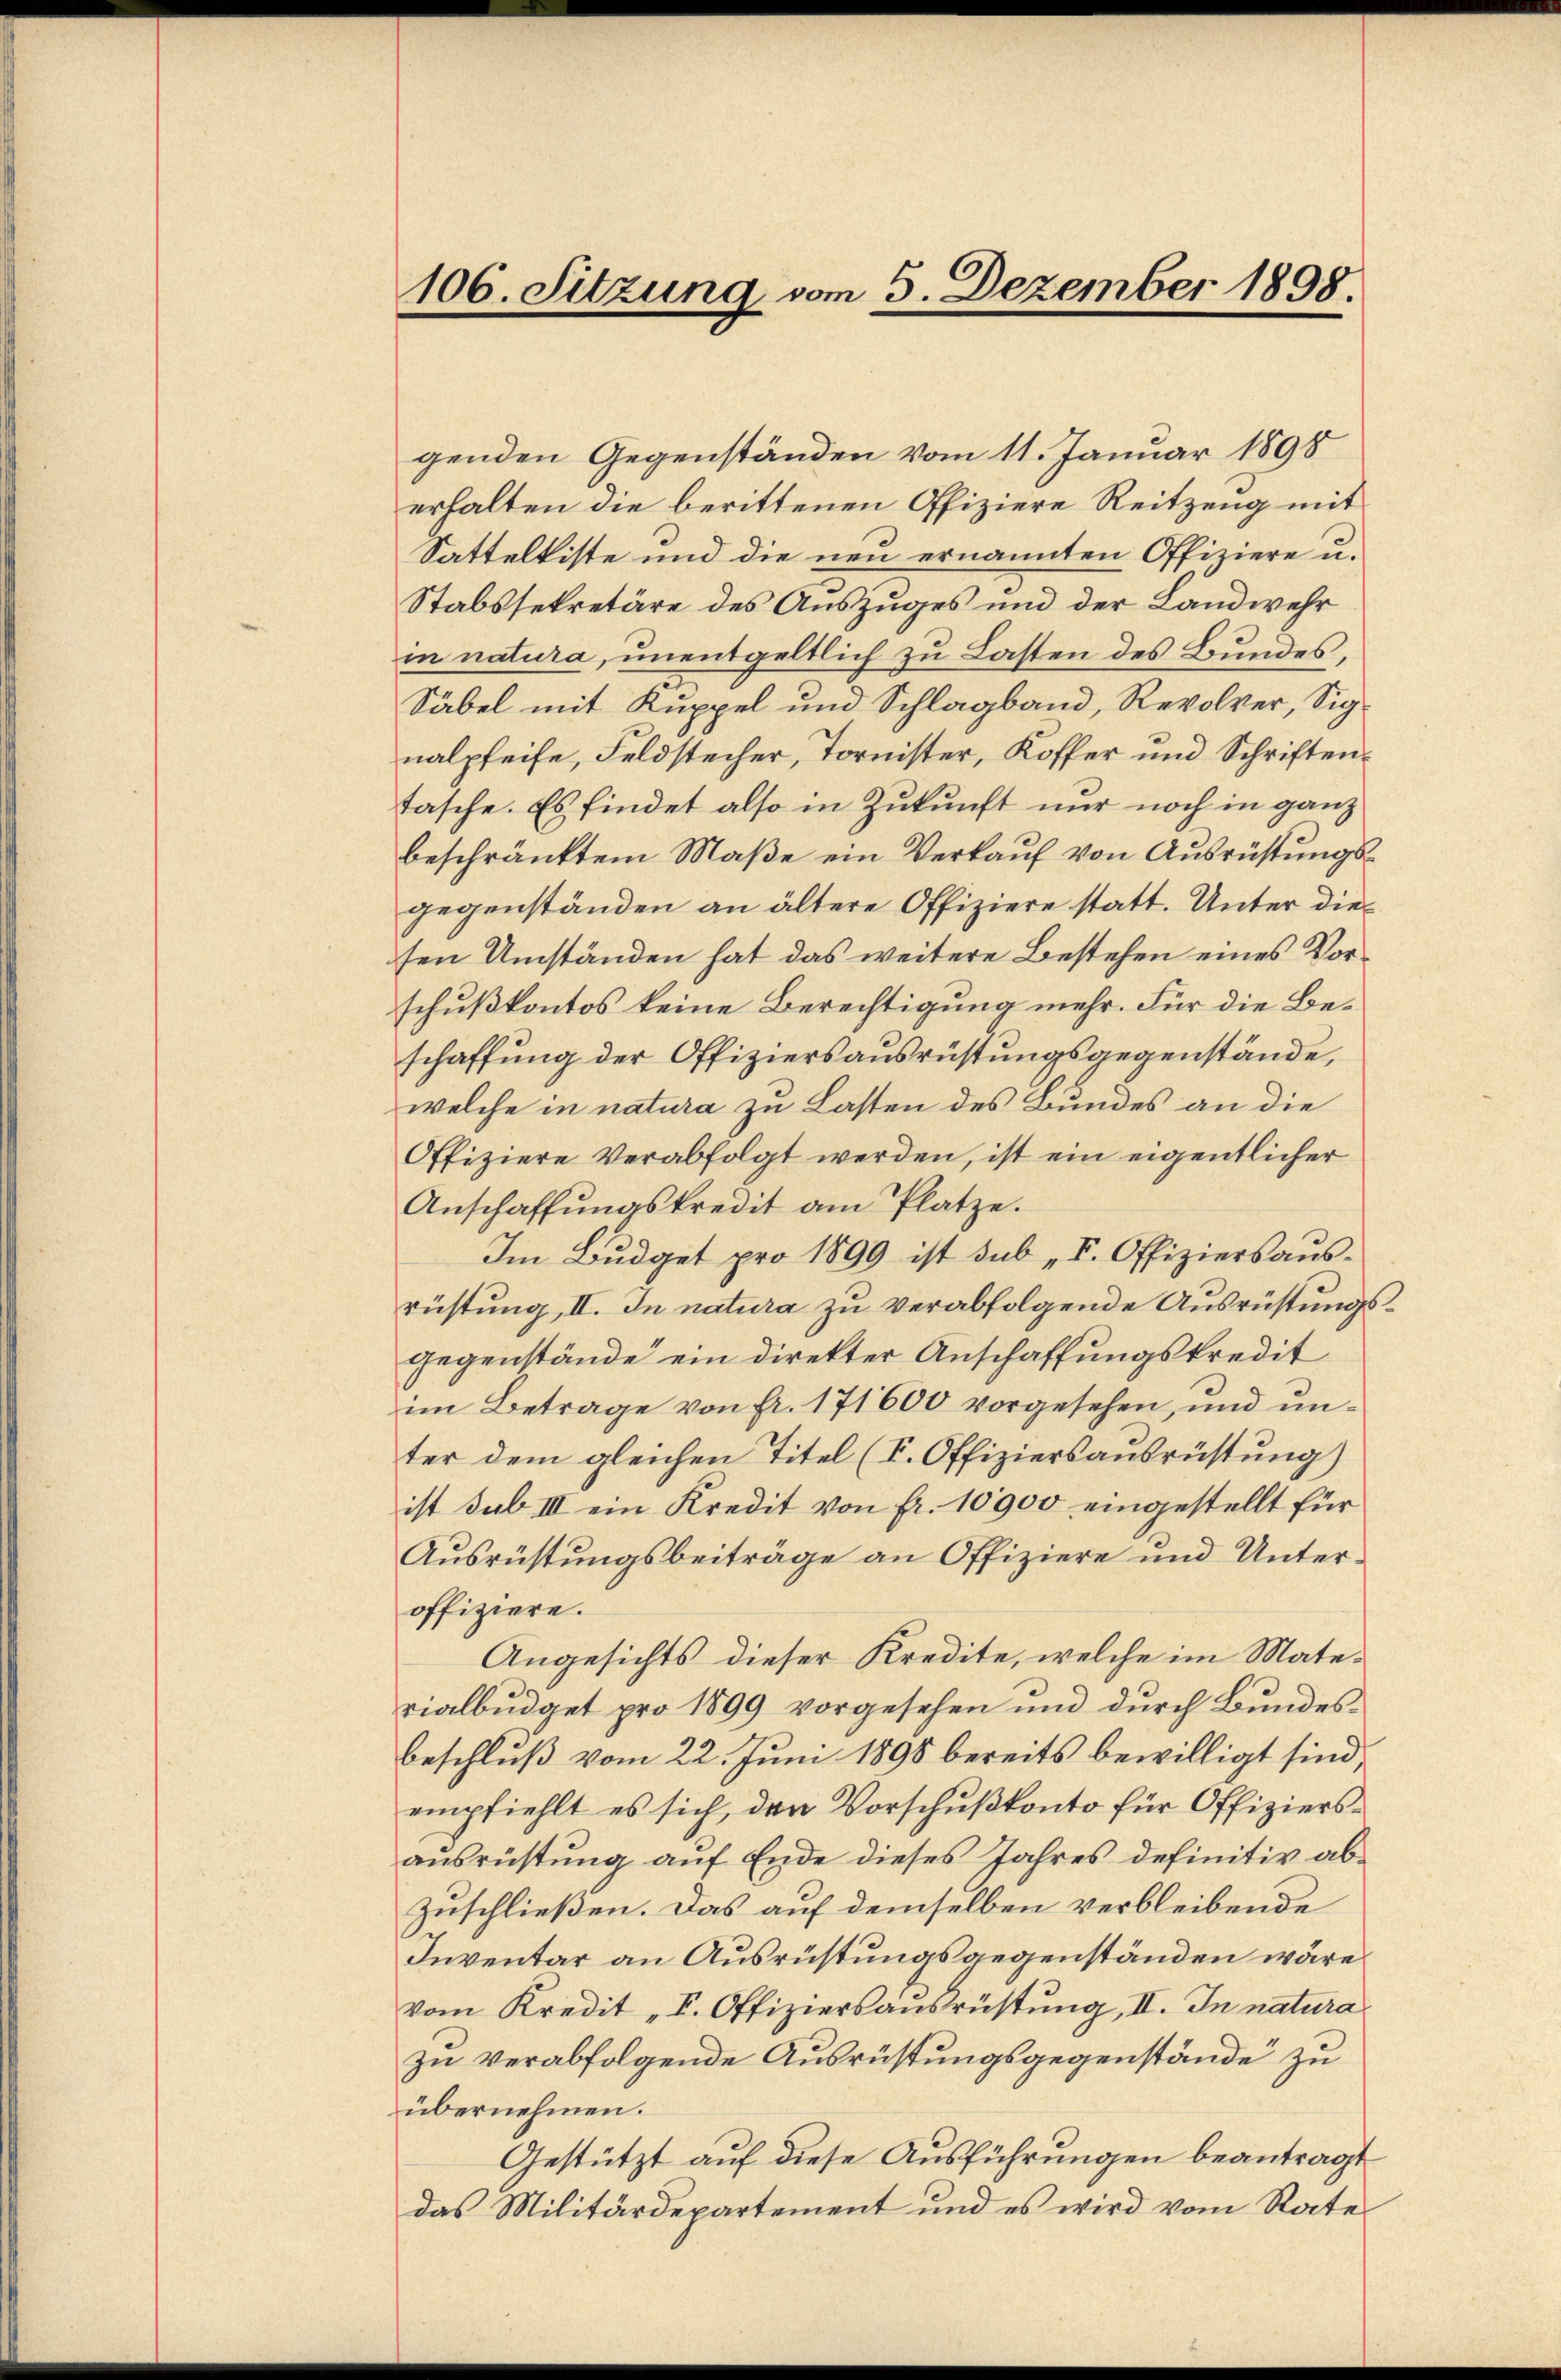
106. Sitzung vom 5. Dezember 1898.

genden Gegenständen vom 11. Januar 1898
erhalten die berittenen Offiziere Reitzeug mit
Satteltiste und die neu ernannten Offiziere u.
Stabssekretäre des Auszuges und der Landwehr
in natura, unentgeltlich zu Lasten des Bundes,
Säbel mit Kuppel und Schlagband, Revolver, Signalpfeife, Feldstecher, Tornister, Koffer und Schriftentasche. Es findet also in Zukunft nur noch in ganz
beschränktem Maße ein Verkauf von Ausrüstungsgegenständen an ältere Offiziere statt. Unter diesen Umständen hat das weitere Bestehen eines Vorschußkontos keine Berechtigung mehr. Für die Beschaffung der Offiziersausrüstungsgegenstände,
welche in natura zu Lasten des Bundes an die
Offiziere Verabfolgt werden, ist ein eigentlicher
Anschaffŭngskredit am Platze.
Im Bŭdget pro 1899 ist sub „I. Offiziers aŭs-
rüstung, II. In natura zu verabfolgende Ausrüstungsgegenstände ein direkter Anschaffungskredit
im Betrage von fr. 171600 vorgesehen, und unter dem gleichen Titel (I. Offiziersausrüstung)
ist sub III ein Kredit von fr. 10900 eingestellt für
Ausrüstungsbeiträge an Offiziere und Unteroffiziere.
Angesichts dieser Kredite, welche im Materialbüdget pro 1899 vorgesehen und durch Bundesbeschluß vom 22. Juni 1898 bereits bewilligt sind,
empfiehlt es sich, den Vorschußkonto für Offiziersausrüstung auf Ende dieses Jahres definitiv ab¬
Zuschließen. Das auf demselben verbleibende
Inventar an Ausrüstungsgegenständen wäre
vom Kredit „I. Offiziersausrüstung, II. In natura
zu verabfolgende Ausrüstungsgegenstände zu
übernehmen.
Gestützt auf diese Ausführungen beantragt
das Militärdepartement und es wird vom Rates